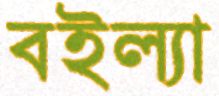
বইল্যা